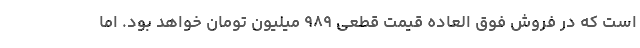
است که در فروش فوق العاده قیمت قطعی ۹۸۹ میلیون تومان خواهد بود. اما